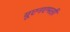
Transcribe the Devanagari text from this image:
यूएनएमसी